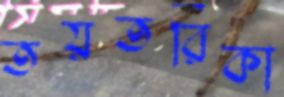
তয়তরিকা